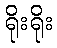
ရိုးရိုး